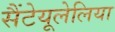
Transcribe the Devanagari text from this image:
सैंटेयूलेलिया